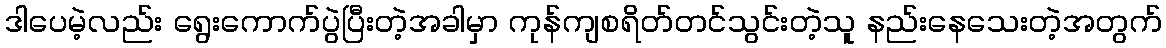
ဒါပေမဲ့လည်း ရွေးကောက်ပွဲပြီးတဲ့အခါမှာ ကုန်ကျစရိတ်တင်သွင်းတဲ့သူ နည်းနေသေးတဲ့အတွက်